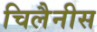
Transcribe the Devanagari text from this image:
चिलैनीस